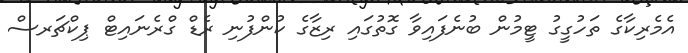
އެމެރިކާގެ ތަހުގީގު ޓީމުން ބުނެފައިވާ ގޮތުގައި ރިޒާގެ ކުންފުނި ރެޑް ގްރެނައިޓް ޕިކްޗަރސް